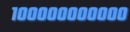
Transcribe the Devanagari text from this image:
१०००००००००००